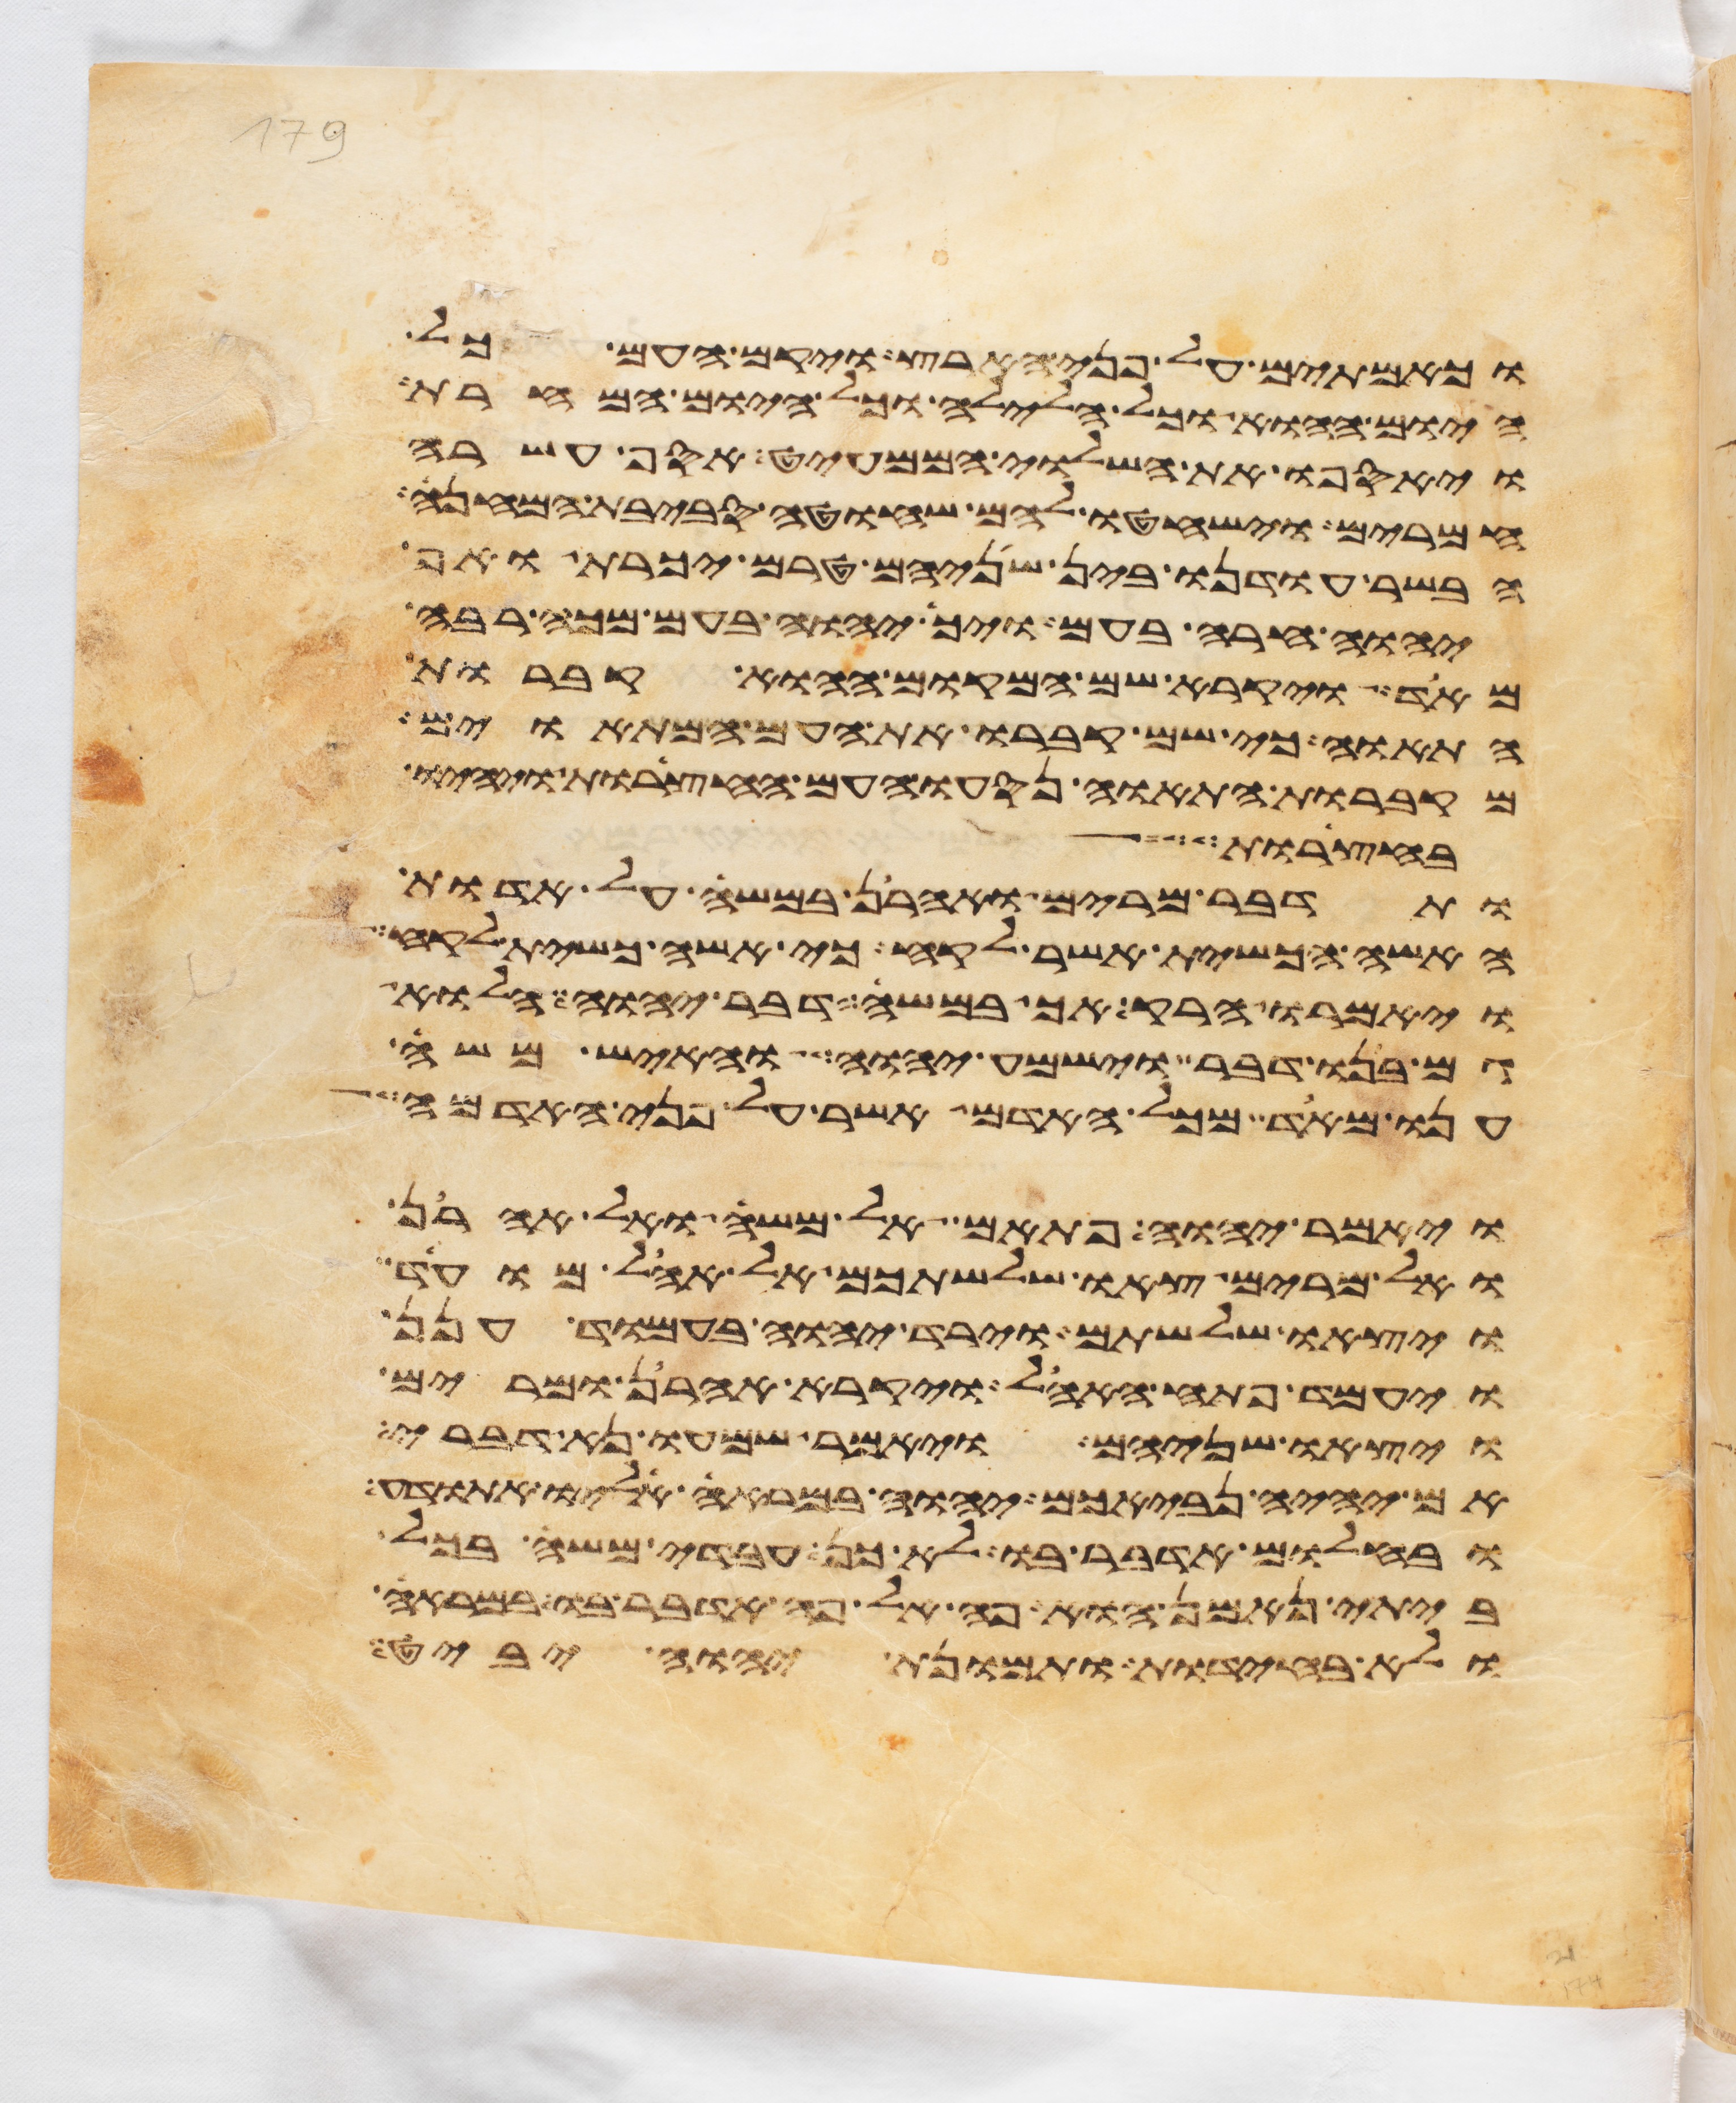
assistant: וכאמתים על פני הארץ ויקם העם כל
היום ההוא וכל הלילה וכל היום המחרת
ויאספו את השלוי הממעיט אסף עשרה
חמרים וישחטו להם שחוט סביבת המחנה
הבשר עודנו בין שניהם טרם יכרת ואף
יהוה חרה בעם ויך יהוה בעם מכה רבה
מאד ויקרא שם המקום ההוא קברות
התאוה כי שם קברו את העם המתאוים
מקברות התאוה נסעו העם החצרות ויהיו
בחצרות
ותדבר מרים ואהרן במשה על אדות
האשה הכשית אשר לקח כי אשה כשית לקח
ויאמרו הרק אך במשה דבר יהוה הלוא
גם בנו דבר וישמע יהוה והאיש משה
ענו מאד מכל האדם אשר על פני האדמה
ויאמר יהוה פתאם אל משה ואל אהרן
ואל מרים צאו שלשתכם אל אהל מועד
ויצאו שלשתם וירד יהוה בעמוד הענן
ויעמד פתח האהל ויקרא אהרן ומרים
ויצאו שניהם ויאמר שמעו נא דברי
אם יהיה נביאכם יהוה במראה אליו התודע
ובחלום אדבר בו לא כן עבדי משה בכל
ביתי נאמן הוא פה אל פה אדבר בו במראה
ולא בחידת ותמונת יהוה יביט